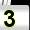
Digit: 3